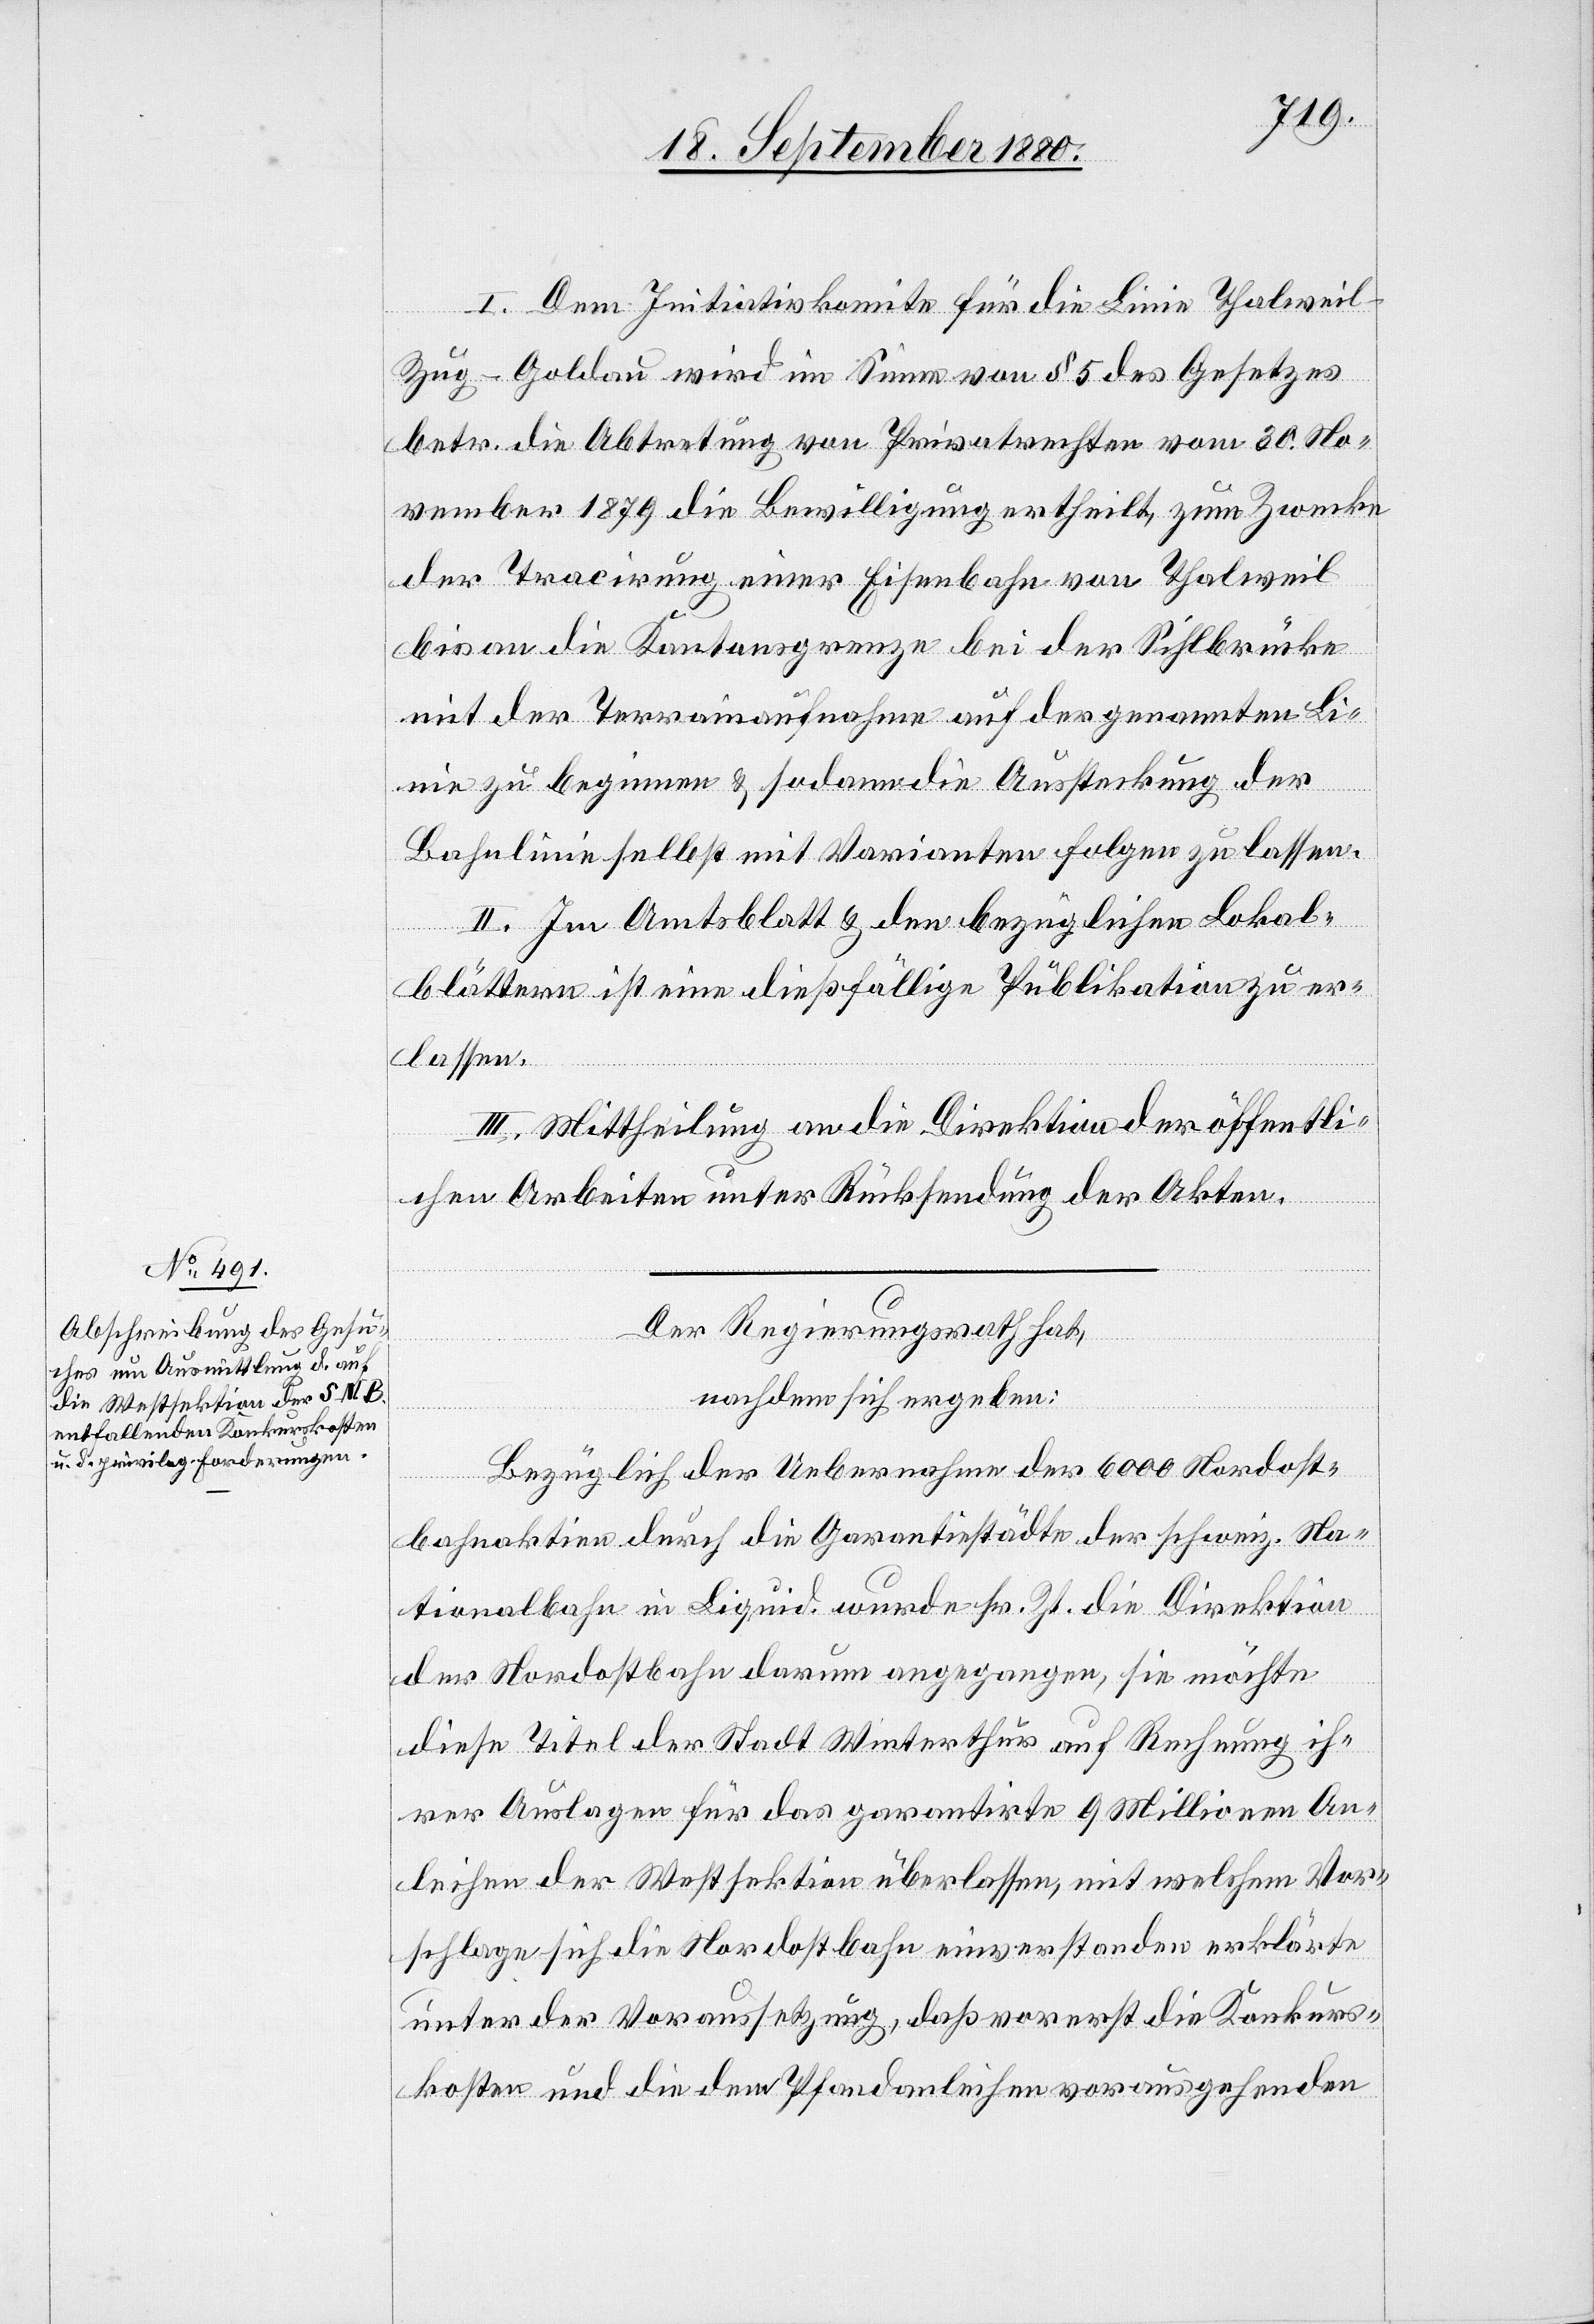
I. Dem Initiativkomite für die Linie Thalwei¬
l–Zug–Goldau wird im Sinne von § 5 des Gesetzes
betr. die Abtretung von Privatrechten vom 30. No¬
vember 1879 die Bewilligung ertheilt, zum Zwecke
der Tracirung einer Eisenbahn von Thalweil
bis an die Kantonsgrenze bei der Sihlbrücke
mit der Terrainaufnahme auf der genannten Li¬
nie zu beginnen & sodann die Aussteckung der
Bahnlinie selbst mit Varianten folgen zu lassen.
II. Im Amtsblatt & den bezüglichen Lokal¬
blättern ist eine dießfällige Publikation zu er¬
lassen.
III. Mittheilung an die Direktion der öffentli¬
chen Arbeiten unter Rücksendung der Akten.
Der Regierungsrath hat,
nachdem sich ergeben:
Bezüglich der Uebernahme der 6000 Nordost¬
bahnaktien durch die Garantiestädte der schweiz. Na¬
tionalbahn in Liquid. wurde sr. Zt. die Direktion
der Nordostbahn darum angegangen, sie möchte
diese Titel der Stadt Winterthur auf Rechnung ih¬
rer Auslagen für das garantirte 9 Millionen An¬
leihen der Westsektion überlassen, mit welchem Vor¬
schlage sich die Nordostbahn einverstanden erklärte
unter der Voraussetzung, daß vorerst die Konkurs¬
kosten und die dem Pfandanleihen vorausgehenden